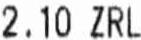
2.10 ZRL